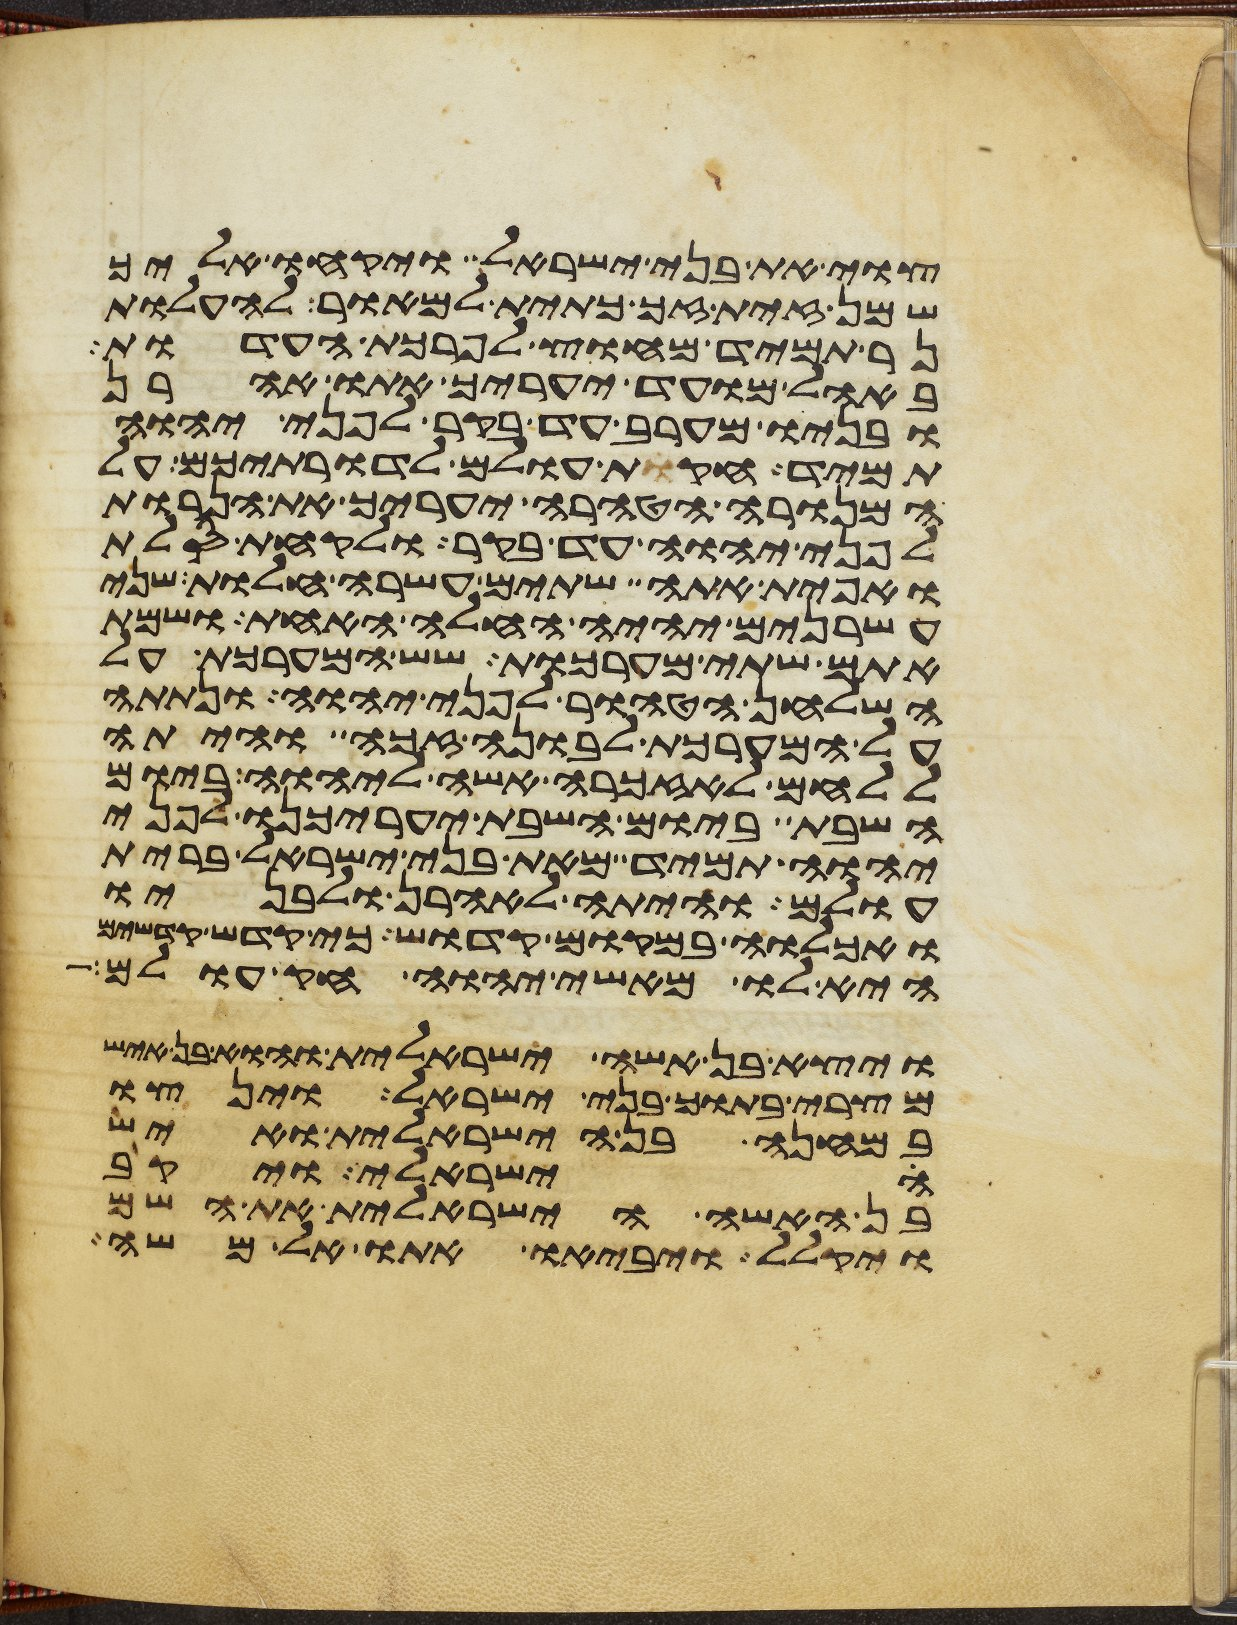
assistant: צוי את בני ישראל ויקחו אליך
שמן זית זך כתית למאור להעלות
נר תמיד מחוץ לפרכת העדות
באהל מועד יערך אתו אהרן
ובניו מערב עד בקר לפני יהוה
תמיד חקות עולם לדרתיכם על
המנורה הטהרה יעריך את הנרות
לפני יהוה עד בקר ולקחת סלת
ואפית אתה שתים עשרה חלות שני
עשרנים יהיה החלה האחת ושמת
אתם שתי מערכות שש המערכת על
השלחן הטהור לפני יהוה ונתתה
על המערכת לבונה זכה והיתה
ללחם לאזכרה אשה ליהוה ביום
השבת ביום השבת יערכנו לפני
יהוה תמיד מאת בני ישראל ברית
עולם והיתה לאהרן ולבניו
ואכלוה במקום קדוש כי קדש קדשים
היא לו מאשי יהוה חק עולם
ויצא בן אשה ישראלית והוא בן איש
מצרי בתוך בני ישראל וינצו
במחנה בן הישראלית ואיש
ישראלי ויקב
בן האשה הישראלית את השם
ויקלל ויביאו אתו אל משה